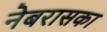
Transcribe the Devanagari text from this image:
नेबरासका